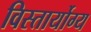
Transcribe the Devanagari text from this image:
विस्तार्योग्य